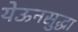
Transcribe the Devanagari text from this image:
येऊनसुद्धा